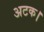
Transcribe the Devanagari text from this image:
अटक।